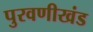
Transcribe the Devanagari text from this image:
पुरवणीखंड